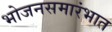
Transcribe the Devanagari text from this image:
भोजनसमारंभात